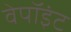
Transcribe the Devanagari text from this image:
वेपॉइंट